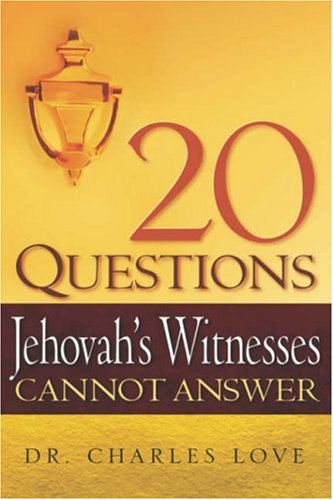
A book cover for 20 Questions Jehovah's Witnesses Cannot Answer; Charles Love; Christian Books & Bibles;